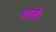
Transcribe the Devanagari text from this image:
जातें।